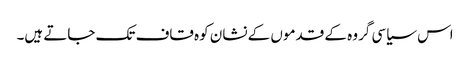
اس سیاسی گروہ کے قدموں کے نشان کوہ قاف تک جاتے ہیں۔